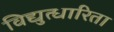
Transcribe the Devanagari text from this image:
विद्युत्धारिता